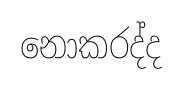
නොකරද්ද